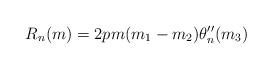
LaTeX: \begin{align*}R_n(m)=2pm(m_1-m_2)\theta''_n(m_3) \end{align*}